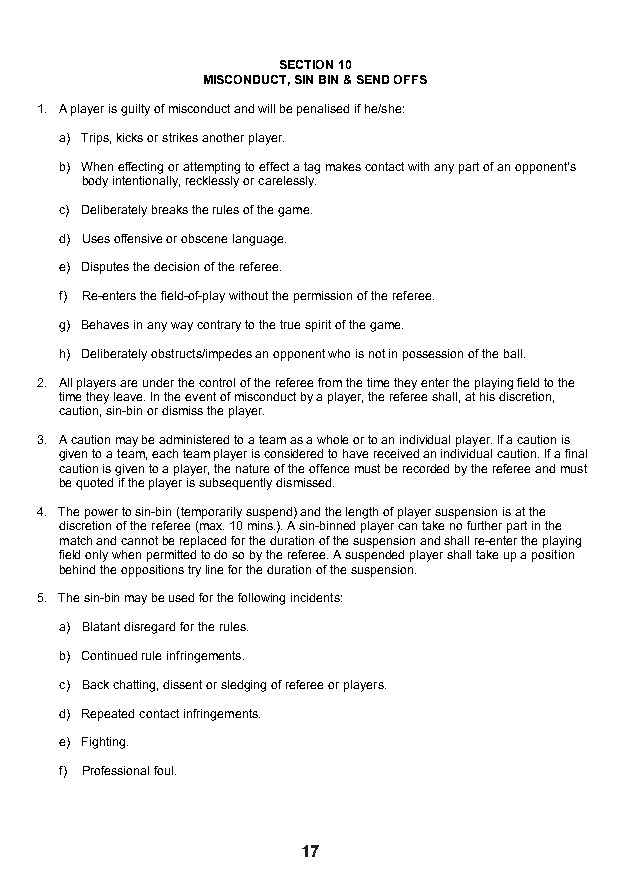
SECTION 10
 MISCONDUCT, SIN BIN & SEND OFFS
 1. A player is guilty of misconduct and will be penalised if he/she:
 a) Trips, kicks or strikes another player.
 b) When effecting or attempting to effect a tag makes contact with any part of an opponent’s
 body intentionally, recklessly or carelessly.
 c) Deliberately breaks the rules of the game.
 d) Uses offensive or obscene language.
 e) Disputes the decision of the referee.
 f) Re-enters the field-of-play without the permission of the referee.
 g) Behaves in any way contrary to the true spirit of the game.
 h) Deliberately obstructs/impedes an opponent who is not in possession of the ball.
 2. All players are under the control of the referee from the time they enter the playing field to the
 time they leave. In the event of misconduct by a player, the referee shall, at his discretion,
 caution, sin-bin or dismiss the player.
 3. A caution may be administered to a team as a whole or to an individual player. If a caution is
 given to a team, each team player is considered to have received an individual caution. If a final
 caution is given to a player, the nature of the offence must be recorded by the referee and must
 be quoted if the player is subsequently dismissed.
 4. The power to sin-bin (temporarily suspend) and the length of player suspension is at the
 discretion of the referee (max. 10 mins.). A sin-binned player can take no further part in the
 match and cannot be replaced for the duration of the suspension and shall re-enter the playing
 field only when permitted to do so by the referee. A suspended player shall take up a position
 behind the oppositions try line for the duration of the suspension.
 5. The sin-bin may be used for the following incidents:
 a) Blatant disregard for the rules.
 b) Continued rule infringements.
 c) Back chatting, dissent or sledging of referee or players.
 d) Repeated contact infringements.
 e) Fighting.
 f) Professional foul.
 18
 17                                       18